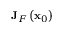
\mathbf { J } _ { F } \left( \mathbf { x } _ { 0 } \right)